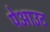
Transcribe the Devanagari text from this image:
पेआउट